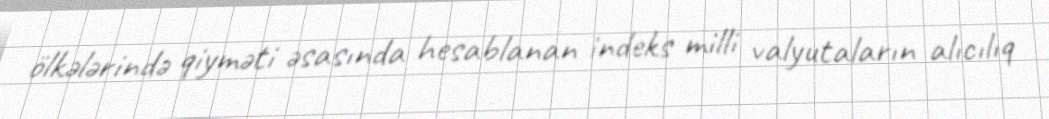
ölkələrində qiyməti əsasında hesablanan indeks milli valyutaların alıcılıq